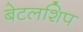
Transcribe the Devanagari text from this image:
बेटलशिप